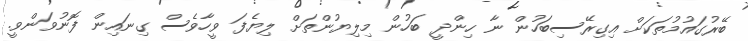
ބޭރުގައުމުތަކަށް އިގިރޭސިބަހުން ނާ ހިންދީ ބަހުން މިލިޔުންތަށް ލިޔެފަ ވީހާވެސް ގިނައިން ފޮނުވަންވީ.